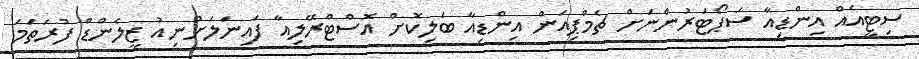
ސިޓީއެއް އިންޑިއާ ސަޕޯޓަރުންނަށް ޗެމްޕިއަން އިންޑިއާ ބަލިކޮށް އޮސްޓްރޭލިއާ ފައިނަލަށްނިއު ޒީލެންޑް ފުރަތަމަ